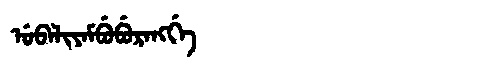
Manchu: ᡠᠪᠠᠯᡳᠶᠠᠮᠪᡠᠪᡠᡵᠠᠩᡤᡝ
Romanization: UBALIYAMBUBURANGGE